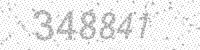
Solution: 348841